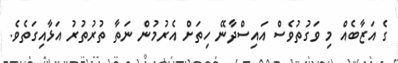
ގެ އަޒާބެއް މި ވަގުތުވެސް އައިސްދާނޭ ހިތަށް އެރުމުން ނަތާ ތުރުތުރު އަޅާއިގަތެވެ.